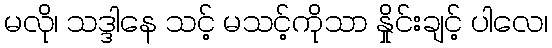
မလို၊ သဒ္ဒါနေ သင့် မသင့်ကိုသာ နှိုင်းချင့် ပါလေ၊